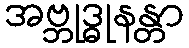
အဗ္ဘုဒ္ဓုနန္တာ